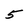
Character: 5